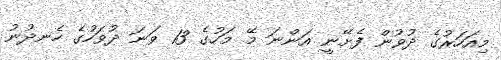
މިއަހަރުގެ ދުވުން ފެށޭނީ އަންނަ މޭ މަހުގެ 13 ވަނަ ދުވަހުގެ ހެނދުނު